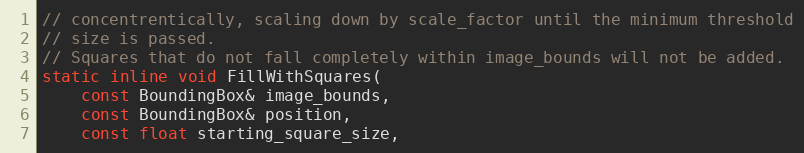
Language: C
// concentrentically, scaling down by scale_factor until the minimum threshold
// size is passed.
// Squares that do not fall completely within image_bounds will not be added.
static inline void FillWithSquares(
    const BoundingBox& image_bounds,
    const BoundingBox& position,
    const float starting_square_size,